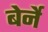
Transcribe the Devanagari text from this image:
बेर्ने